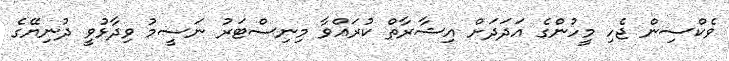
ވެކްސިން ޖެހި މީހުންގެ އަދަދަށް އިޝާރާތް ކުރައްވާ މިނިސްޓަރު ނަސީމު ވިދާޅުވީ ދުނިޔޭގެ